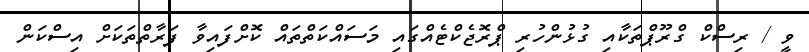
ވީ / ރިސްކް ގްރޫޕްތަކާއި ގުޅުންހުރި ޕްރޮޖެކްޓެއްގައި މަސައްކަތްތައް ކޮށްފައިވާ ފަރާތްތަކަށް އިސްކަން